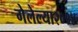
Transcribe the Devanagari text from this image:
गेलेल्या२०१४